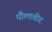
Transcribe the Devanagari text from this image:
धौलावीर